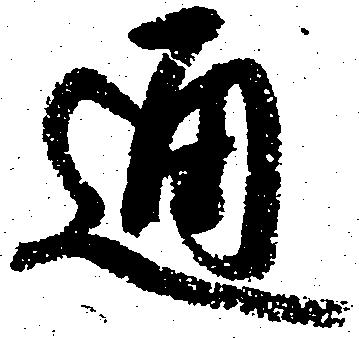
通